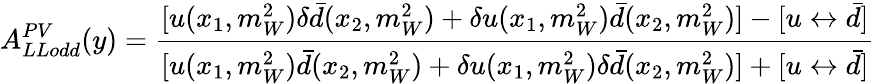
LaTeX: A_{LLodd}^{PV}(y)={\frac{[u(x_{1},m_{W}^{2})\delta\bar{d}(x_{2},m_{W}^{2})+\delta u(x_{1},m_{W}^{2})\bar{d}(x_{2},m_{W}^{2})]-[u\leftrightarrow\bar{d}]}{[u(x_{1},m_{W}^{2})\bar{d}(x_{2},m_{W}^{2})+\delta u(x_{1},m_{W}^{2})\delta\bar{d}(x_{2},m_{W}^{2})]+[u\leftrightarrow\bar{d}]}}